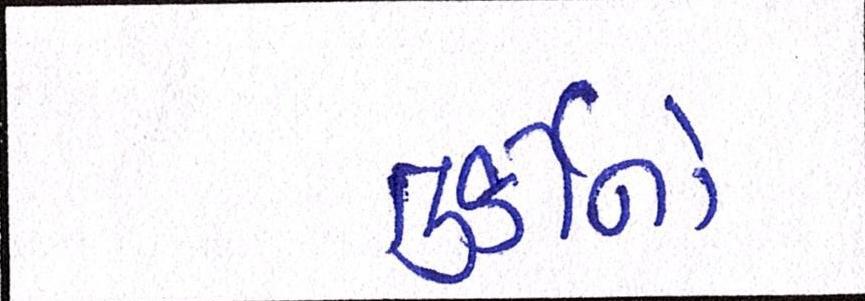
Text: તુર્કીનો